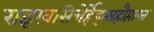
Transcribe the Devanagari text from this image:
राइखसिचेर्हेइत्सहौप्ताम्त